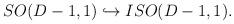
LaTeX: \begin{align*}SO(D-1,1)\hookrightarrow ISO(D-1,1). \end{align*}